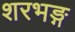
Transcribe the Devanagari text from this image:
शरभङ्ग